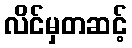
လိင်မှတဆင့်